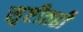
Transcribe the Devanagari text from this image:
सृष्टीतही